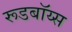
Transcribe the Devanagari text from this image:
रूडबॉय्स